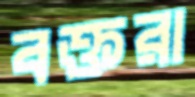
বক্তরা